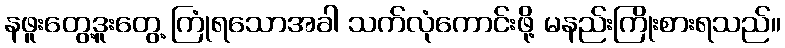
နဖူးတွေ့ဒူးတွေ့ ကြုံရသောအခါ သက်လုံကောင်းဖို့ မနည်းကြိုးစားရသည်။